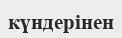
күндерінен